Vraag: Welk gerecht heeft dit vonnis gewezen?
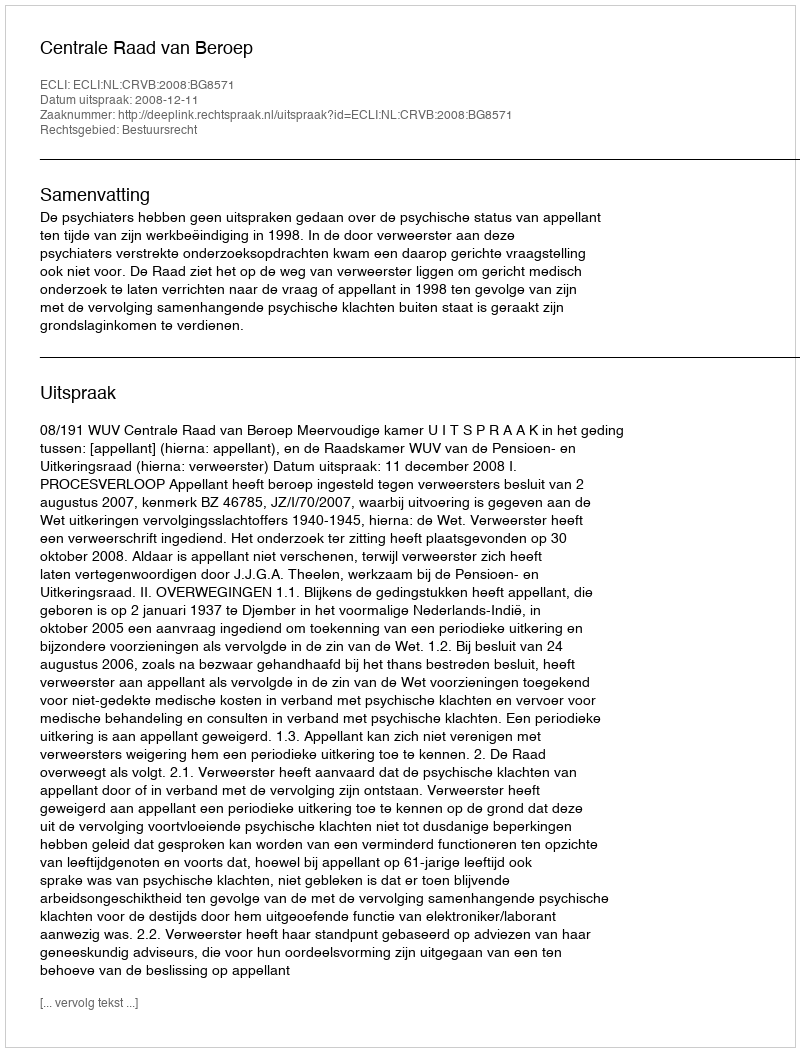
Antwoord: Centrale Raad van Beroep